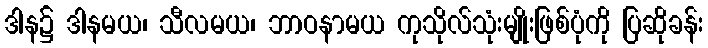
ဒါန၌ ဒါနမယ၊ သီလမယ၊ ဘာဝနာမယ ကုသိုလ်သုံးမျိုးဖြစ်ပုံကို ပြဆိုခန်း